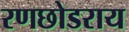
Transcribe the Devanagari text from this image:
रणछोडराय